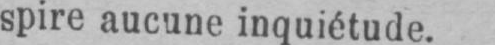
spire aucune inquiétude.